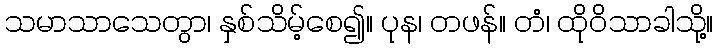
သမာသာသေတွာ၊ နှစ်သိမ့်စေ၍။ ပုန၊ တဖန်။ တံ၊ ထိုဝိသာခါသို့။